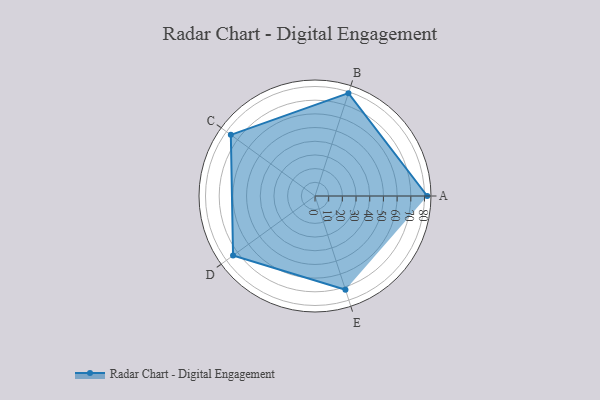
{"axis": {"x": "Skill", "y": "Score"}, "legend": ["Profile"], "data": [{"x": "A", "y": 82.0, "type": "Profile"}, {"x": "B", "y": 79.0, "type": "Profile"}, {"x": "C", "y": 76.0, "type": "Profile"}, {"x": "D", "y": 74.0, "type": "Profile"}, {"x": "E", "y": 72.0, "type": "Profile"}]}